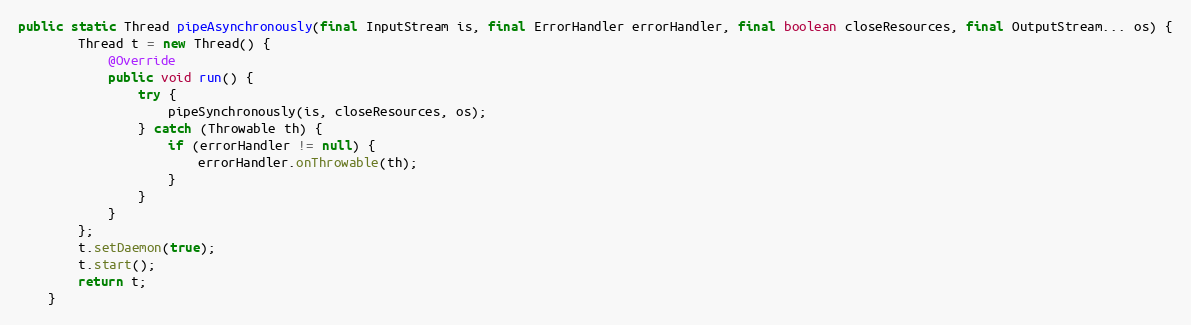
Language: Java
public static Thread pipeAsynchronously(final InputStream is, final ErrorHandler errorHandler, final boolean closeResources, final OutputStream... os) {
        Thread t = new Thread() {
            @Override
            public void run() {
                try {
                    pipeSynchronously(is, closeResources, os);
                } catch (Throwable th) {
                    if (errorHandler != null) {
                        errorHandler.onThrowable(th);
                    }
                }
            }
        };
        t.setDaemon(true);
        t.start();
        return t;
    }